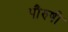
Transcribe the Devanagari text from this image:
पौरुषी